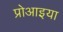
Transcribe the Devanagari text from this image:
प्रोआइया